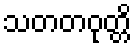
သတတဝုတ္တိ